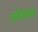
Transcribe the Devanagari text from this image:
वोस्लाव